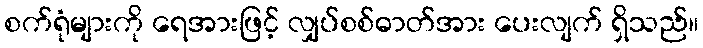
စက်ရုံများကို ရေအားဖြင့် လျှပ်စစ်ဓာတ်အား ပေးလျက် ရှိသည်။